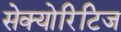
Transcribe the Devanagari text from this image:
सेक्योरिटिज